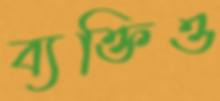
ব্যক্তিও